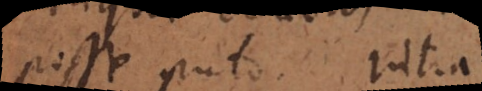
posse puto, intra